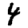
Digit: 4